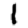
Digit: 1